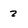
Character: 2